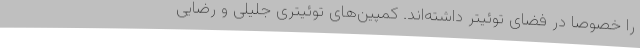
را خصوصا در فضای توئیتر داشته‌اند. کمپین‌های توئیتری جلیلی و رضایی